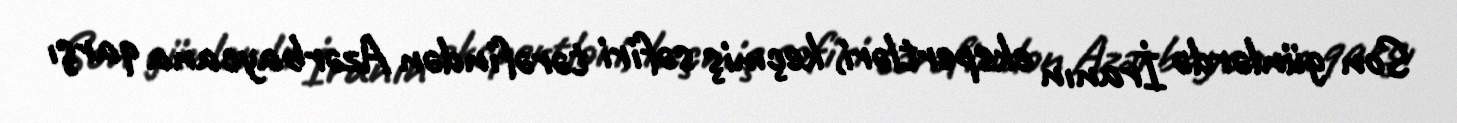
Son günlərdə İranın ekspertləri, keçmiş səfiri tərəfindən Azərbaycana qarşı